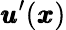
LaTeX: {\pmb u}^{\prime}({\pmb x})